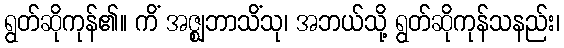
ရွတ်ဆိုကုန်၏။ ကိံ အဇ္ဈဘာသိံသု၊ အဘယ်သို့ ရွတ်ဆိုကုန်သနည်း၊